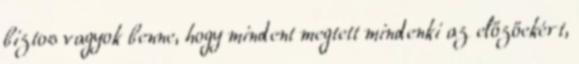
biztos vagyok benne, hogy mindent megtett mindenki az előzőekért,